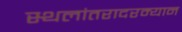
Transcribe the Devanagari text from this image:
स्थलांतरादरम्यान